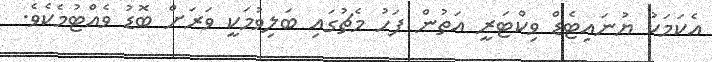
އެކަމަކު ޔުނައިޓެޑް ވިކްޓަރީ އަތުން ފަހު މެޗުގައި ބަލިވުމަކީ ވަރަށް ބޮޑު ވެއްޓުމެކެވެ.